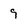
Character: 9